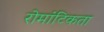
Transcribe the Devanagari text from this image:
रोमांटिकता